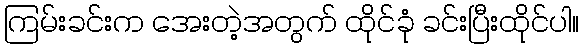
ကြမ်းခင်းက အေးတဲ့အတွက် ထိုင်ခုံ ခင်းပြီးထိုင်ပါ။